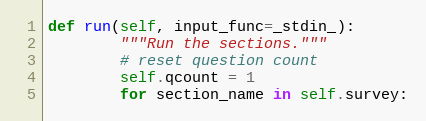
Language: Python
def run(self, input_func=_stdin_):
        """Run the sections."""
        # reset question count
        self.qcount = 1
        for section_name in self.survey: